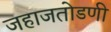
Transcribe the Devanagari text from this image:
जहाजतोडणी